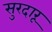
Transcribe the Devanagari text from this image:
सुरदारू